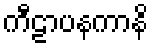
ကီဠာပနကာနိ